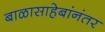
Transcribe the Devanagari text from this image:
बाळासाहेबांनंतर